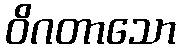
ဝိဂတာသော